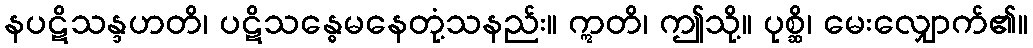
နပဋိသန္ဒဟတိ၊ ပဋိသန္ဓေမနေတုံ့သနည်း။ ဣတိ၊ ဤသို့။ ပုစ္ဆိ၊ မေးလျှောက်၏။